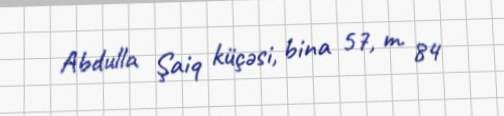
Abdulla Şaiq küçəsi, bina 57, m. 84